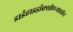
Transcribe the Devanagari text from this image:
डाईहाइड्रॉक्सीएन्थ्रासीन